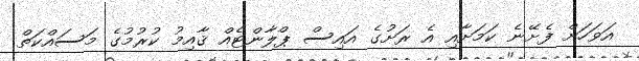
އަވަހަށް ފެށޭނެ ކަމަށާއި އެ ރަށުގެ އައިސް ޕްލާންޓެއް ޤާއިމު ކުރުމުގެ މަސައްކަތް